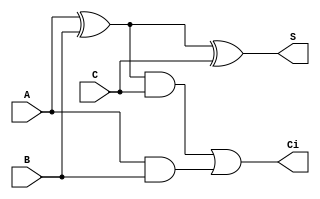
module fullAdder(A,B,C,S,Ci);
	input A, B, C;
	output S, Ci;
	wire x1, a1, x2, a2;

	xor #2 xor1(x1, A, B);
	and #2 and1(a1, A, B);

	xor #2 xor2(S, x1, C);
	and #2 and2(a2, x1, C);

	or #2 or1(Ci, a2, a1);

endmodule